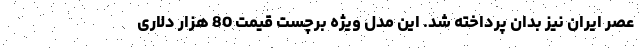
عصر ایران نیز بدان پرداخته شد. این مدل ویژه برچست قیمت 80 هزار دلاری